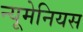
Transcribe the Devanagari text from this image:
न्यूमेनियस